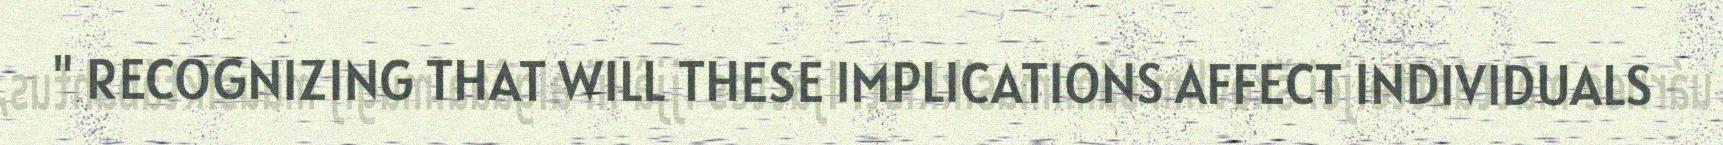
" RECOGNIZING THAT WILL THESE IMPLICATIONS AFFECT INDIVIDUALS